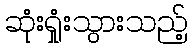
ဆုံးရှုံးသွားသည့်